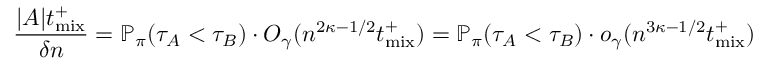
\frac { | A | { t _ { \mathrm { m i x } } ^ { + } } } { \delta n } = \mathbb { P } _ { \pi } \! \left( \tau _ { A } < \tau _ { B } \right) \cdot O _ { \gamma } ( n ^ { 2 \kappa - 1 / 2 } { t _ { \mathrm { m i x } } ^ { + } } ) = \mathbb { P } _ { \pi } \! \left( \tau _ { A } < \tau _ { B } \right) \cdot o _ { \gamma } ( n ^ { 3 \kappa - 1 / 2 } { t _ { \mathrm { m i x } } ^ { + } } )